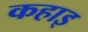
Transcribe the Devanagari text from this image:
कहाइ